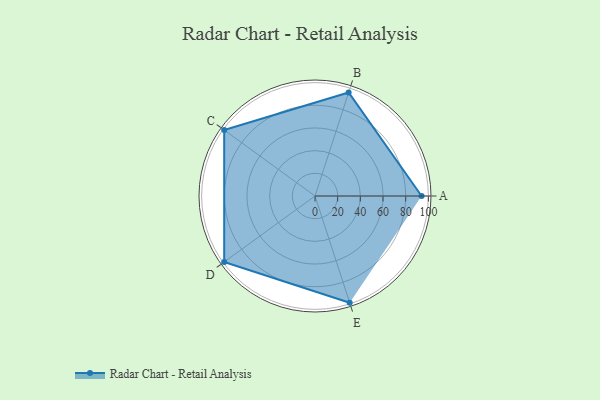
{"axis": {"x": "Skill", "y": "Score"}, "legend": ["Profile"], "data": [{"x": "A", "y": 94.0, "type": "Profile"}, {"x": "B", "y": 96.0, "type": "Profile"}, {"x": "C", "y": 99.0, "type": "Profile"}, {"x": "D", "y": 99, "type": "Profile"}, {"x": "E", "y": 99, "type": "Profile"}]}